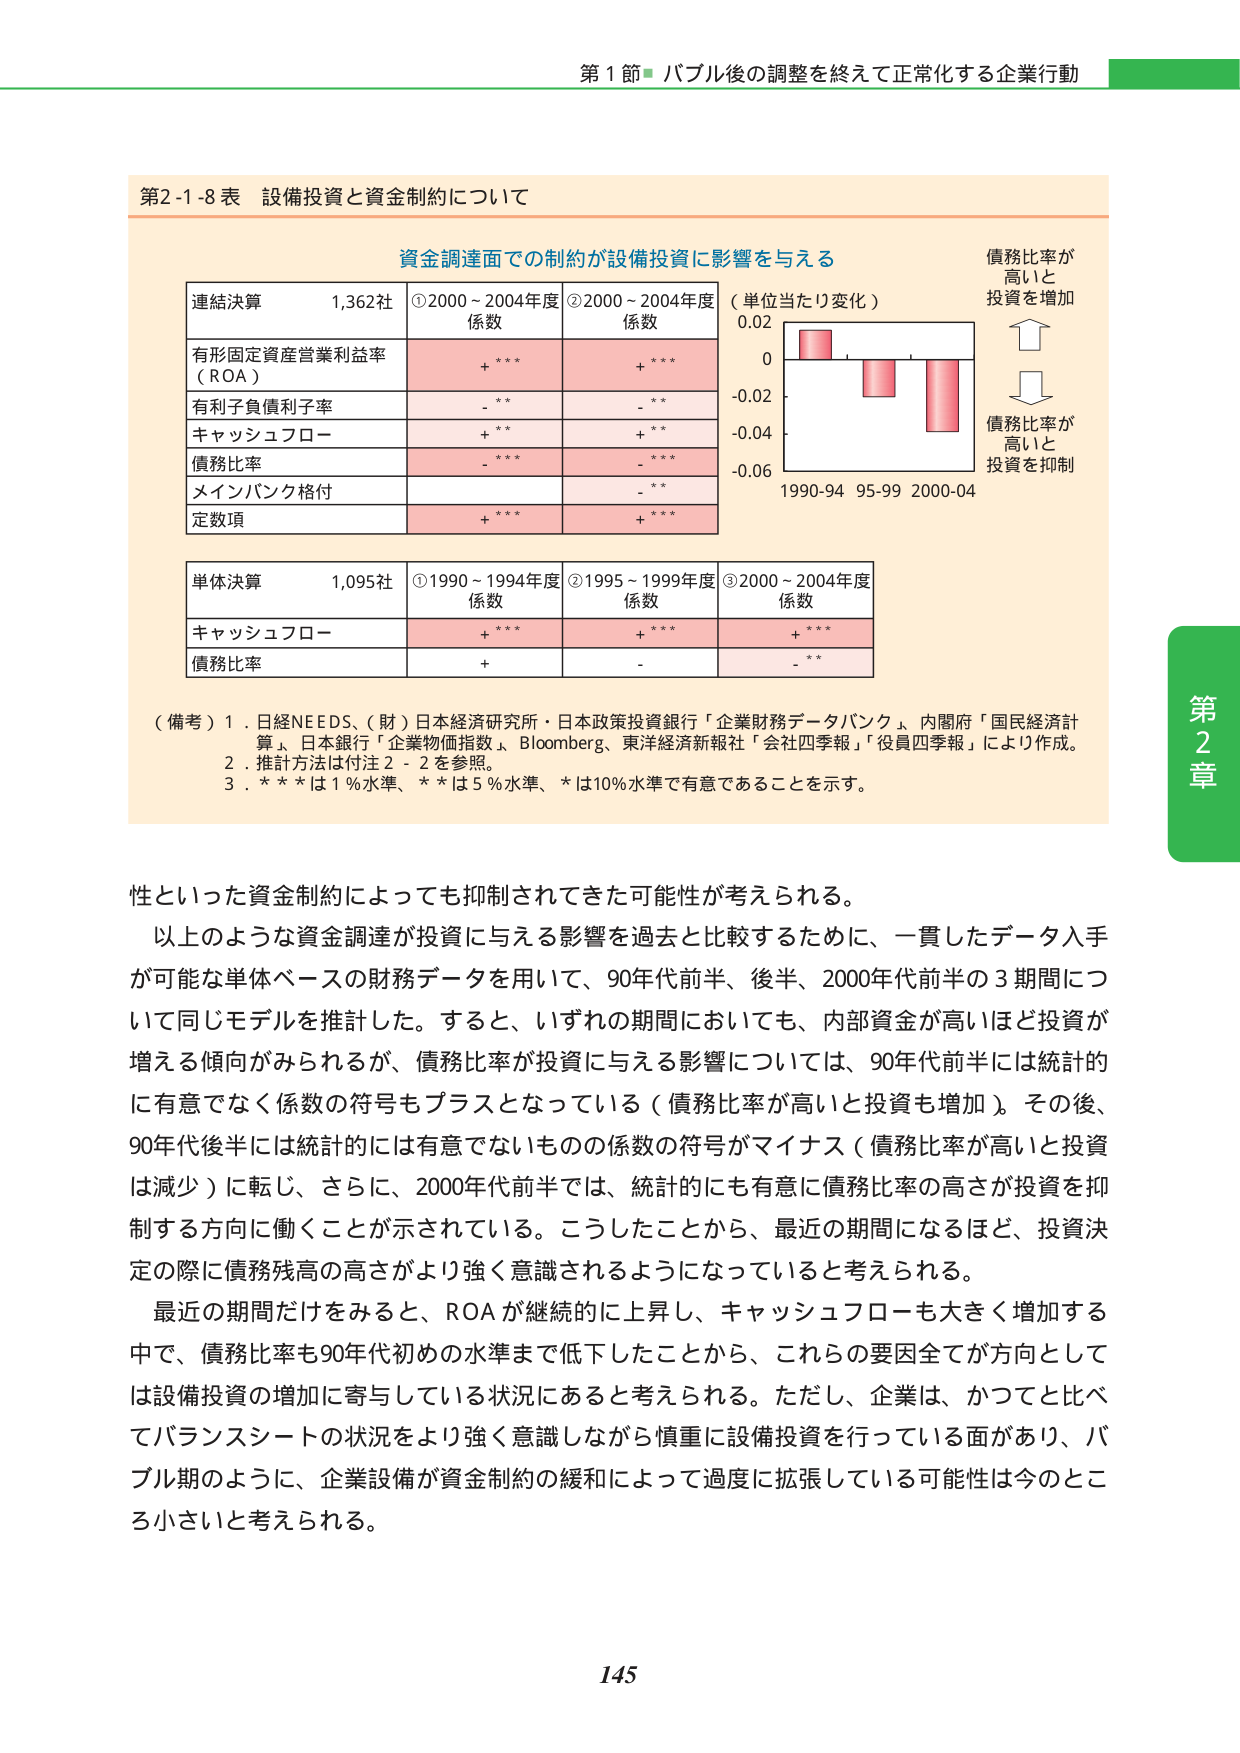
第1節 バブル後の調整を終えて正常化する企業行動

第2-1-8表 設備投資と資金制約について

資金調達面での制約が設備投資に影響を与える

連結決算 1,362社
①2000～2004年度 係数
②2000～2004年度 係数

有形固定資産営業利益率（ROA） +*** +***
有利子負債利子率 -** -**
キャッシュフロー +** +**
債務比率 -*** -***
メインバンク格付 -**
定数項 +*** +***

（単位当たり変化）
0.02
0
-0.02
-0.04
-0.06
1990-94 95-99 2000-04

債務比率が高いと投資を増加
↑
↓
債務比率が高いと投資を抑制

単体決算 1,095社
①1990～1994年度 係数
②1995～1999年度 係数
③2000～2004年度 係数

キャッシュフロー +*** +*** +***
債務比率 + - -**

（備考）1．日経NEEDS、（財）日本経済研究所・日本政策投資銀行「企業財務データバンク」、内閣府「国民経済計算」、日本銀行「企業物価指数」、Bloomberg、東洋経済新報社「会社四季報」「役員四季報」により作成。
2．推計方法は付注2-2を参照。
3．***は1％水準、**は5％水準、*は10％水準で有意であることを示す。

性といった資金制約によっても抑制されてきた可能性が考えられる。
以上のような資金調達が投資に与える影響を過去と比較するために、一貫したデータ入手が可能な単体ベースの財務データを用いて、90年代前半、後半、2000年代前半の3期間について同じモデルを推計した。すると、いずれの期間においても、内部資金が高いほど投資が増える傾向がみられるが、債務比率が投資に与える影響については、90年代前半には統計的に有意でなく係数の符号もプラスとなっている（債務比率が高いと投資も増加）。その後、90年代後半には統計的には有意でないものの係数の符号がマイナス（債務比率が高いと投資は減少）に転じ、さらに、2000年代前半では、統計的にも有意に債務比率の高さが投資を抑制する方向に働くことが示されている。こうしたことから、最近の期間になるほど、投資決定の際に債務残高の高さがより強く意識されるようになっていると考えられる。
最近の期間だけをみると、ROAが継続的に上昇し、キャッシュフローも大きく増加する中で、債務比率も90年代初めの水準まで低下したことから、これらの要因全てが方向としては設備投資の増加に寄与している状況にあると考えられる。ただし、企業は、かつてと比べてバランスシートの状況をより強く意識しながら慎重に設備投資を行っている面があり、バブル期のように、企業設備が資金制約の緩和によって過度に拡張している可能性は今のところ小さいと考えられる。

第2章

145